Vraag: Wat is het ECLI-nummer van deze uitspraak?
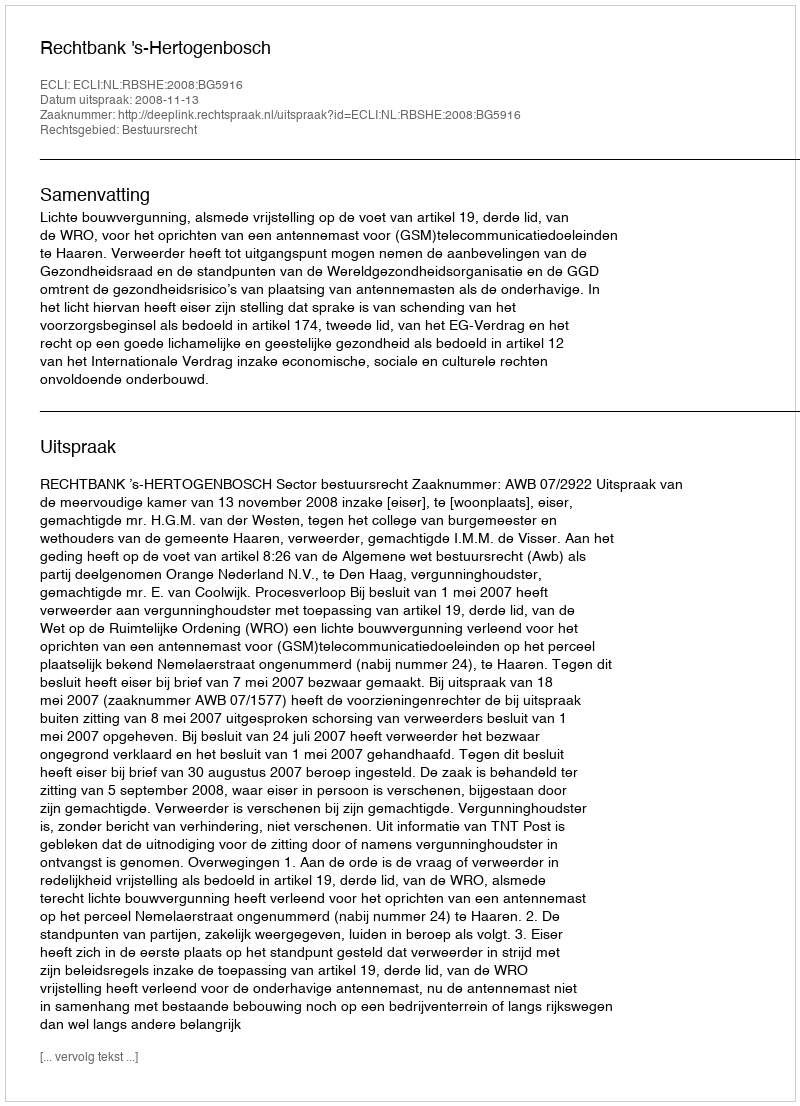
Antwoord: ECLI:NL:RBSHE:2008:BG5916